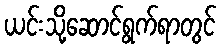
ယင်းသို့ဆောင်ရွက်ရာတွင်